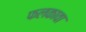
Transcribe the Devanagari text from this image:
फलकावा